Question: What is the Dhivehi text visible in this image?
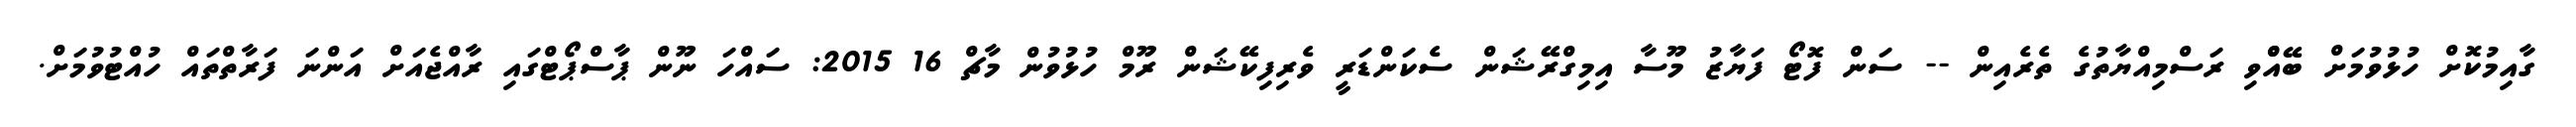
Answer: ގާއިމުކޮށް ހުޅުވުމަށް ބޭއްްވި ރަސްމިއްޔާތުގެ ތެރެއިން -- ސަން ފޮޓޯ ފަޔާޒު މޫސާ އިމިގްރޭޝަން ސެކަންޑަރީ ވެރިފިކޭޝަން ރޫމް ހުޅުވުން މާޗް 16 2015: ސައްހަ ނޫން ޕާސްޕޯޓްގައި ރާއްޖެއަށް އަންނަ ފަރާތްތައް ހުއްޓުވުމަށް.